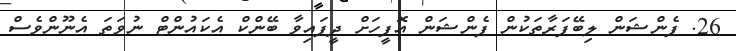
26. ޕެންޝަން ލިބޭފަރާތަކުން ޕެންޝަން އޮފީހަށް ދީފައިވާ ބޭންކް އެކައުންޓް ނުވަތަ އެނޫންވެސް